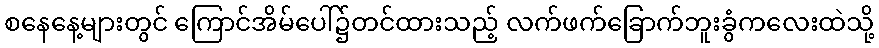
စနေနေ့များတွင် ကြောင်အိမ်ပေါ်၌တင်ထားသည့် လက်ဖက်ခြောက်ဘူးခွံကလေးထဲသို့